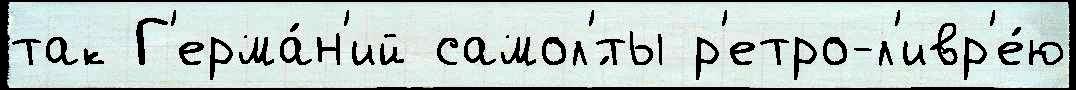
так Г'ерма́н'ий самол'́ты р'етро-л'ивр'е́ю